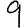
Digit: 9